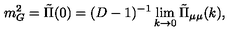
m _ { G } ^ { 2 } = { \tilde { \Pi } } ( 0 ) = ( D - 1 ) ^ { - 1 } \lim _ { k \to 0 } { \tilde { \Pi } } _ { \mu \mu } ( k ) ,